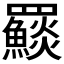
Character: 𩼄